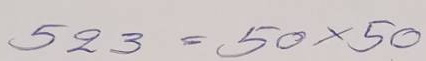
523 = 50 x 50